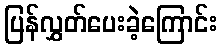
ပြန်လွှတ်ပေးခဲ့ကြောင်း